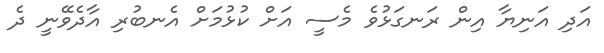
އަދި އަނިޔާ އިން ރަނގަޅުވެ މެސީ އަށް ކުޅުމަށް އެނބުރި އާދެވޭނީ ދެ